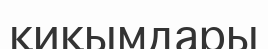
қиқымдары